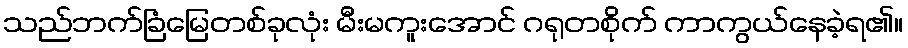
သည်ဘက်ခြံမြေတစ်ခုလုံး မီးမကူးအောင် ဂရုတစိုက် ကာကွယ်နေခဲ့ရ၏။